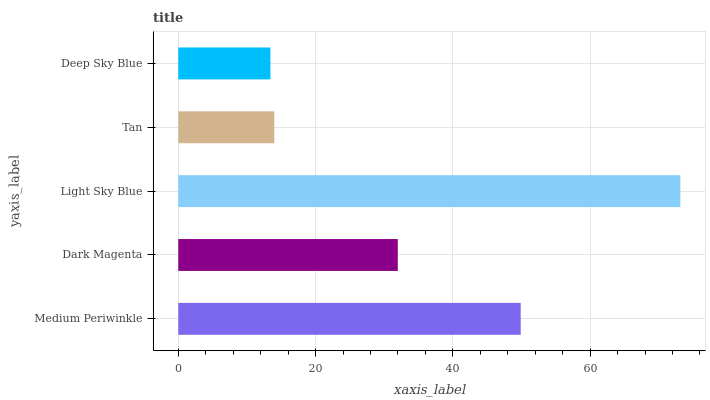
| yaxis_label | bars |
 | --- | --- |
 | Medium Periwinkle | 49.9 |
 | Dark Magenta | 32 |
 | Light Sky Blue | 73.1 |
 | Tan | 14 |
 | Deep Sky Blue | 13.4 |